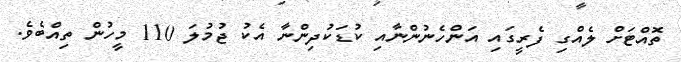
ތޮއްޓަށް ލެއްގި ފެރީގައި އަންހެނުންނާއި ކުޑަކުދިންނާ އެކު ޖުމުލަ 110 މީހުން ތިއްބެވެ.